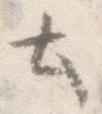
と